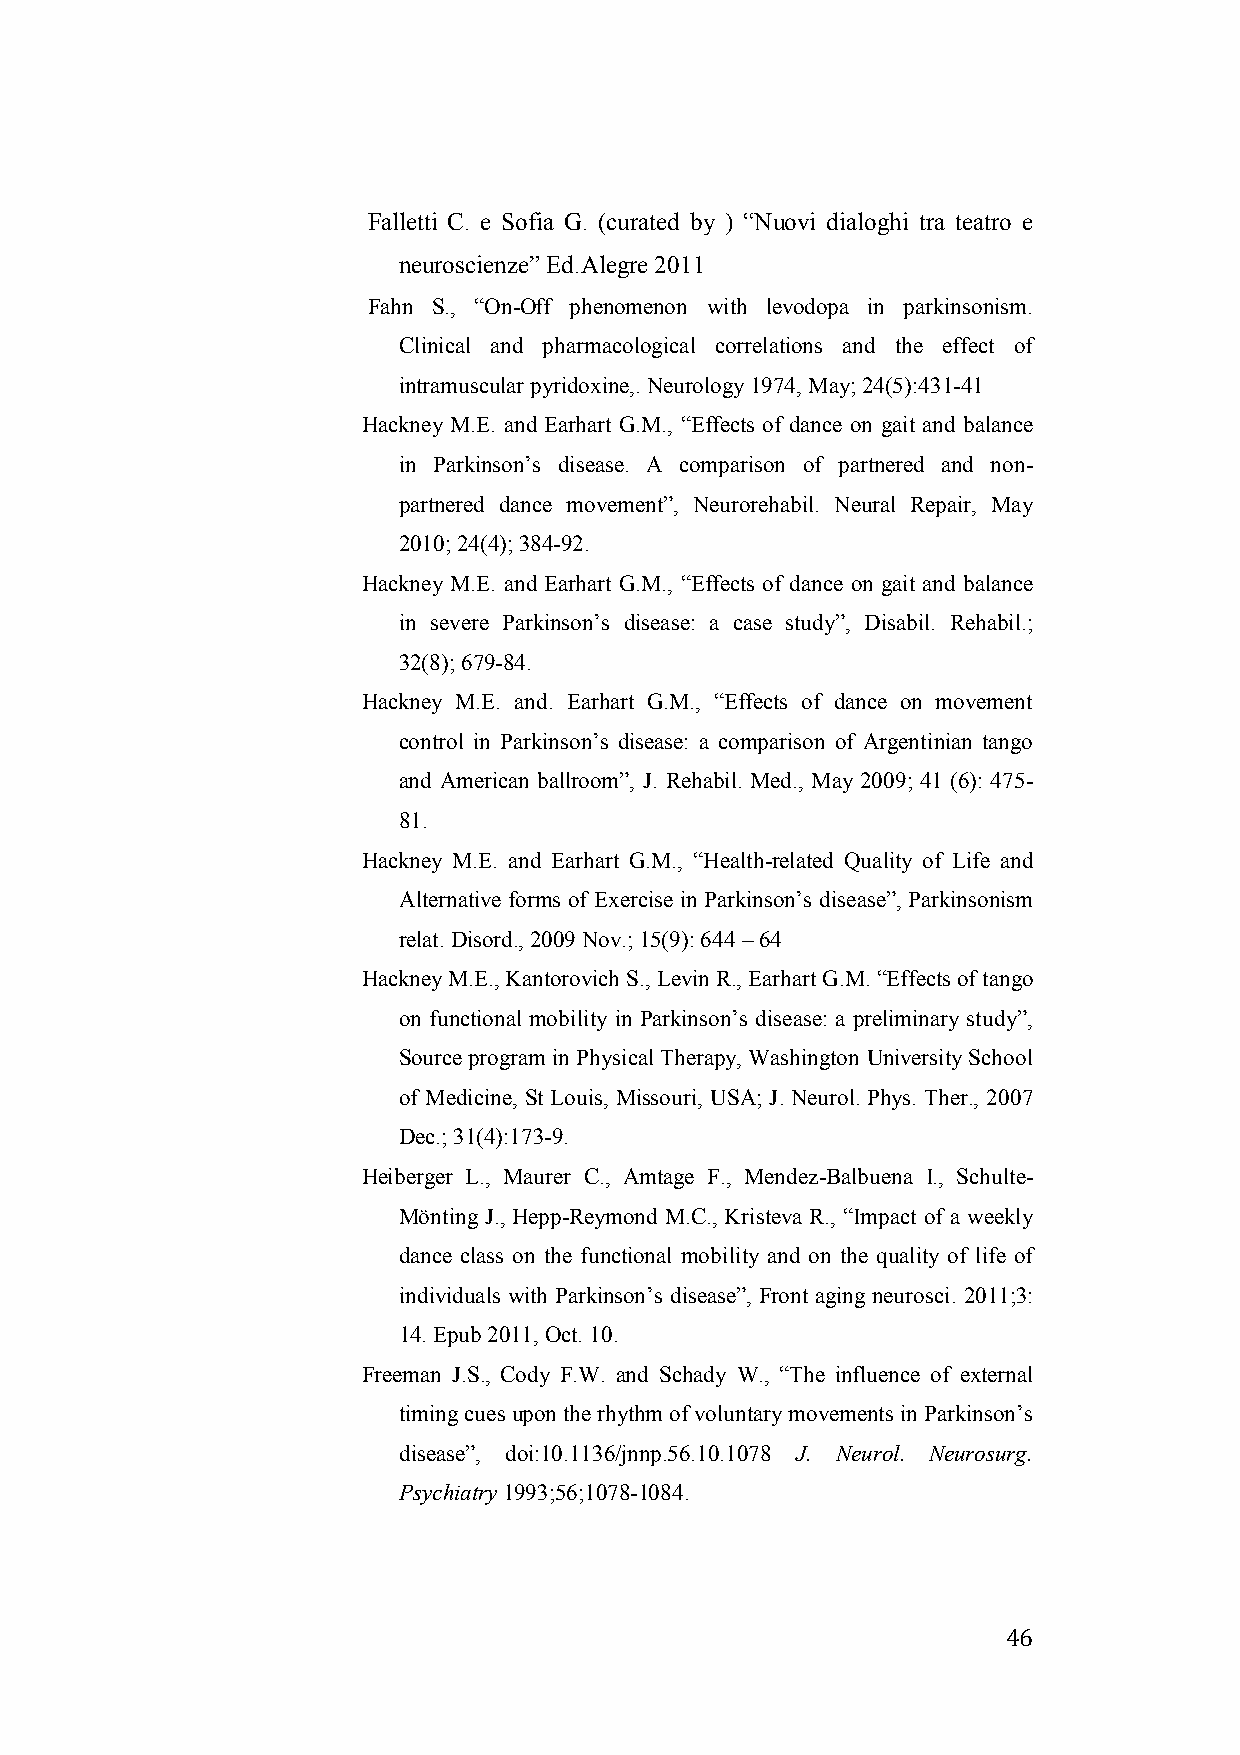
Falletti C. e Sofia G. (curated by ) “Nuovi dialoghi tra teatro e
 neuroscienze” Ed.Alegre 2011
 Fahn S., “On-Off phenomenon with levodopa in parkinsonism.
 Clinical and pharmacological correlations and the effect of
 intramuscular pyridoxine,. Neurology 1974, May; 24(5):431-41
 Hackney M.E. and Earhart G.M., “Effects of dance on gait and balance
 in Parkinson’s disease. A comparison of partnered and non-
 partnered dance movement”, Neurorehabil. Neural Repair, May
 2010; 24(4); 384-92.
 Hackney M.E. and Earhart G.M., “Effects of dance on gait and balance
 in severe Parkinson’s disease: a case study”, Disabil. Rehabil.;
 32(8); 679-84.
 Hackney M.E. and. Earhart G.M., “Effects of dance on movement
 control in Parkinson’s disease: a comparison of Argentinian tango
 and American ballroom”, J. Rehabil. Med., May 2009; 41 (6): 475-
 81.
 Hackney M.E. and Earhart G.M., “Health-related Quality of Life and
 Alternative forms of Exercise in Parkinson’s disease”, Parkinsonism
 relat. Disord., 2009 Nov.; 15(9): 644 – 64
 Hackney M.E., Kantorovich S., Levin R., Earhart G.M. “Effects of tango
 on functional mobility in Parkinson’s disease: a preliminary study”,
 Source program in Physical Therapy, Washington University School
 of Medicine, St Louis, Missouri, USA; J. Neurol. Phys. Ther., 2007
 Dec.; 31(4):173-9.
 Heiberger L., Maurer C., Amtage F., Mendez-Balbuena I., Schulte-
 Mönting J., Hepp-Reymond M.C., Kristeva R., “Impact of a weekly
 dance class on the functional mobility and on the quality of life of
 individuals with Parkinson’s disease”, Front aging neurosci. 2011;3:
 14. Epub 2011, Oct. 10.
 Freeman J.S., Cody F.W. and Schady W., “The influence of external
 timing cues upon the rhythm of voluntary movements in Parkinson’s
 disease”, doi:10.1136/jnnp.56.10.1078 J. Neurol. Neurosurg.
 Psychiatry 1993;56;1078-1084.
 46